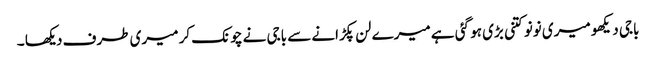
باجی دیکھو میری نونو کتنی بڑی ہو گئی ہے میرے لن پکڑانے سے باجی نے چونک کر میری طرف دیکھا ۔